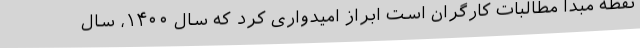
نقطه مبدا مطالبات کارگران است ابراز امیدواری کرد که سال ۱۴۰۰، سال